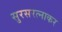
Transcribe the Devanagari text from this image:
सुरसरत्नाकर